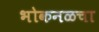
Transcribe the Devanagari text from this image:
भोकनळचा